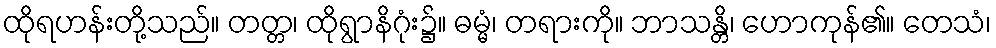
ထိုရဟန်းတို့သည်။ တတ္တ၊ ထိုရွာနိဂုံး၌။ ဓမ္မံ၊ တရားကို။ ဘာသန္တိ၊ ဟောကုန်၏။ တေသံ၊